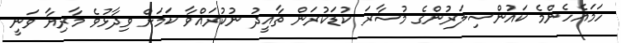
ހަމައެހެންމެ ކައުންސިލަރުންގެ މުސާރަ ކުޑަކުރަން ތާއީދު ނުކުރައްވާ ކަމަށް ވިދާޅުވެ މާރިޔާ ވަނީ